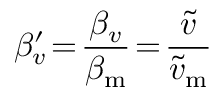
\beta _ { v } ^ { \prime } \! = \! \frac { \beta _ { v } } { \beta _ { \mathrm { m } } } \! = \! \frac { \widetilde { v } } { \widetilde { v } _ { \mathrm { m } } }